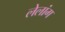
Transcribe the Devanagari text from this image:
लेलांग